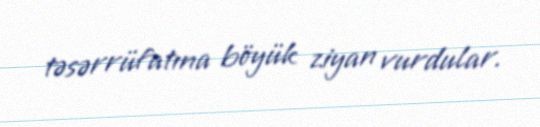
təsərrüfatına böyük ziyan vurdular.